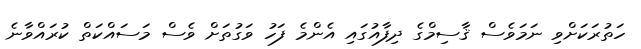
ހަތުރަކަށްވި ނަމަވެސް ޤާސިމްގެ ދިފާއުގައި އެންމެ ފަހު ވަގުތަށް ވެސް މަސައްކަތް ކުރައްވާނެ